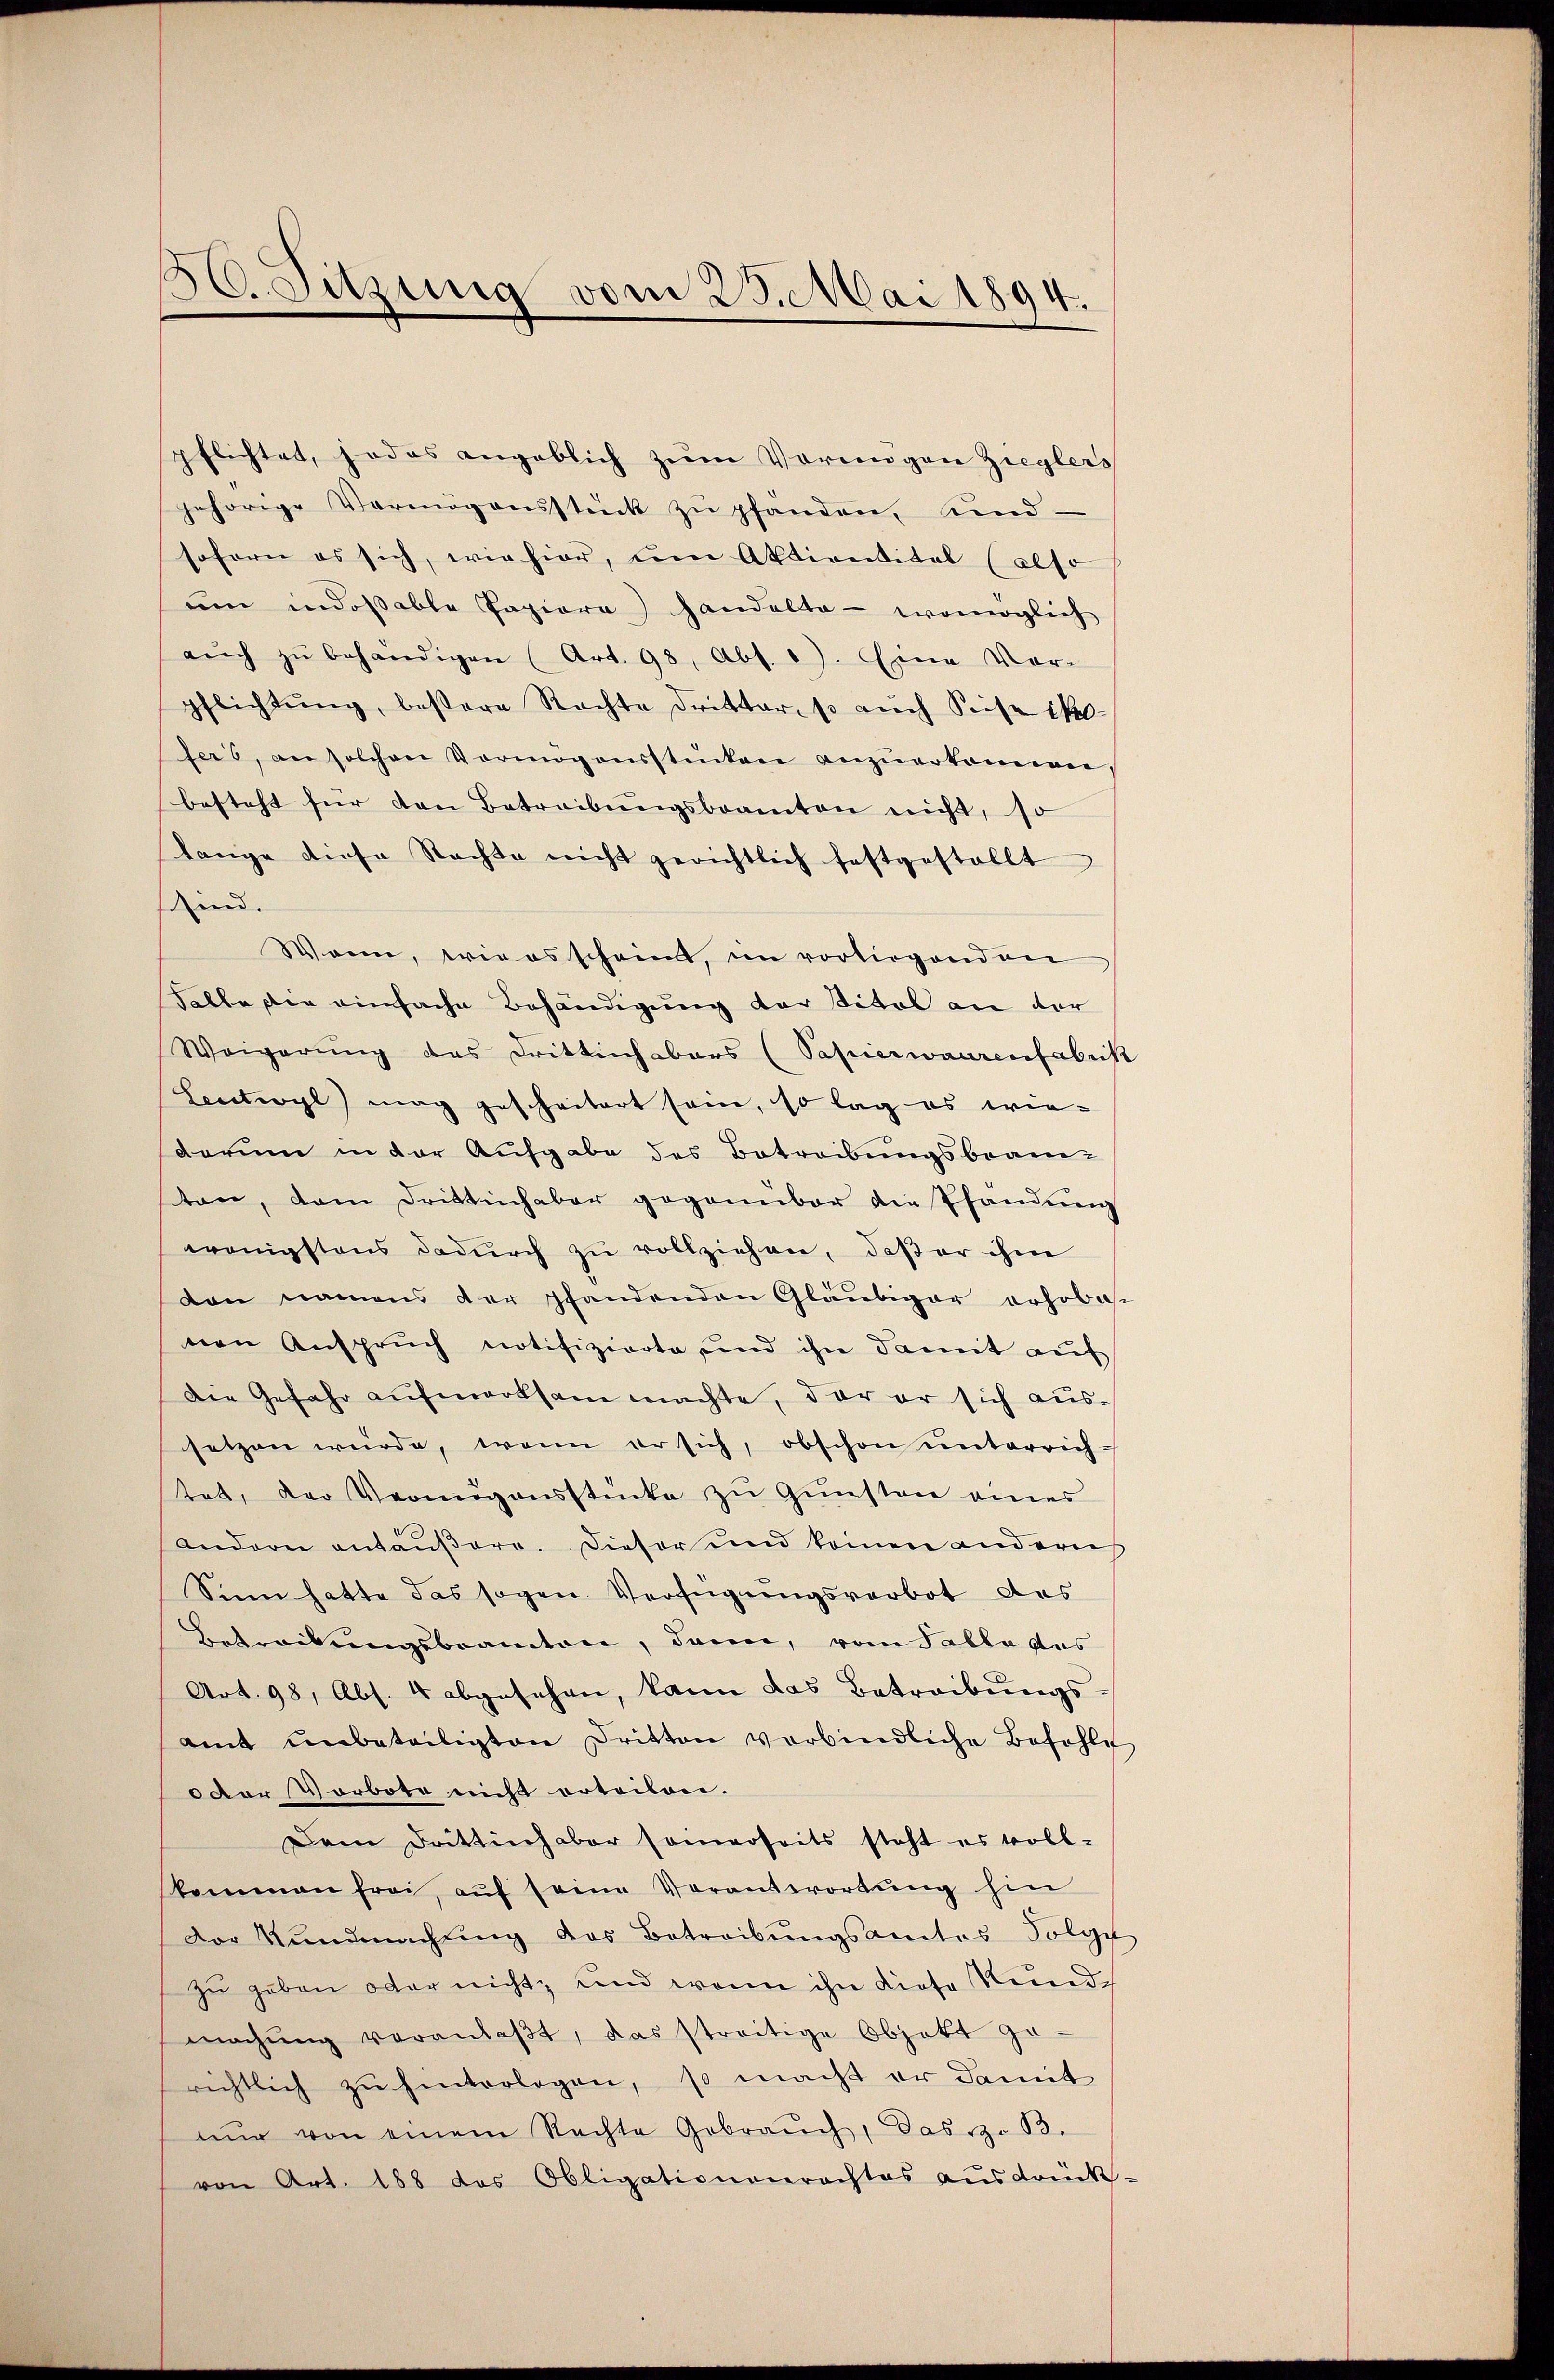
30. Sitzung vom 23. Mai 1894.

pflichtet, jedes angeblich zŭm Vorangen Zieglers
gehörige Vermögensstück zŭ pfanden, und
sofern es sich, wie hier, um Aktientital (also
um indoßable Papiere) handelte - womöglich
aŭch zŭ behändigen (Art. 98, Abs. 1). Eine Vor-
pflichtŭng, beßere Rechte dritter, so auch Keise i
fes, an solchen Vermögensstinken anzŭerkennen
besteht für den Betreibŭngsbeamten nicht, so
tange diese Rechte nicht gerichtlich festgestellt
sind.
Wann, wie es scheint, im vorliegenden
Falle die einfache Behändigung der Titel an der
Weigerung das Drittich abers (Safierwaarenfabrik
Loutwyl) mag gescheitert sein, so lag es wiedarum in der Aufgabe des Betreibungsbeam-
ten, dem Drittinhaber gegenüber die Pfandung
wenigstens dadurch zu vollziehen, daß er ihm
den namens der pfandenden Gläubiger erhobe
nen Anspruch notifizierte, und ihn damit auf
Die Gefahr aufmerksam machte, der er sich aussetzen würde, wenn er sich, obschon unterrichtet, der Vermögensstücke zŭ Gŭnsten eines
andern antäŭβere. Dieser und keinen andern
Sinn hatte das sogen Verfügungsverbot des
Betreitungsbeamten, dann, vom Talla das
Art. 98, Abs. 4 abgesehen, kann das Betreibungs-
amt ŭnbeteiligten Dritten verbindliche Befehle
odor Vorbote nicht erteilen.
Dem Drittenhaber somerseits steht es voll-
kommen frei, aŭf seine Verantwortŭng hin
Der Kundmachŭng des Betreibŭngsamtes Folge
zu geben oder nicht, und wenn ihn diese Kund
machŭng veranlaβt, das streitige Objekt ge-
richtlich zŭ hinterlegen, so macht er damit
nŭr von einem Rechte Gebrauch, das z. B.
von Art. 188 das Obligationenrechtes ausdrück

.